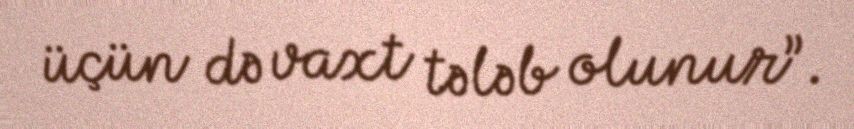
üçün də vaxt tələb olunur”.